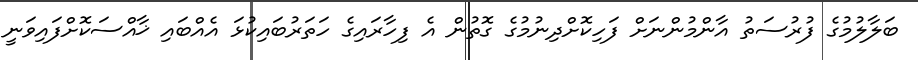
ބަލާލުމުގެ ފުރުސަތު އާންމުންނަށް ފަހިކޮށްދިނުމުގެ ގޮތުން އެ ފިހާރައިގެ ހަތަރުބައިކުޅަ އެއްބައި ޚާއްސަކޮށްފައިވަނީ